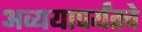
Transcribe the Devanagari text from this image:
अव्ययापर्यंतचे